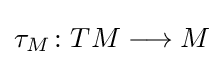
\tau _{M}\colon TM\longrightarrow M